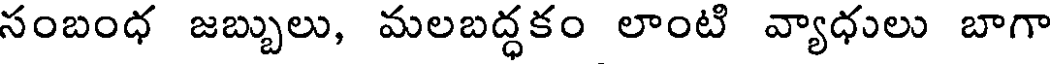
సంబంధ జబ్బులు, మలబద్ధకం లాంటి వ్యాధులు బాగా